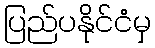
ပြည်ပနိုင်ငံမှ